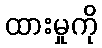
ထားမှုကို